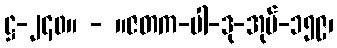
ဋ္ဌ-၂၄၀။ - ။ဇတက-ပါ-ဒု-အုပ်-၁၅၉၊